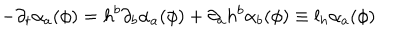
- \partial _ { t } \alpha _ { a } ( \phi ) = h ^ { b } \partial _ { b } \alpha _ { a } ( \phi ) + \partial _ { a } h ^ { b } \alpha _ { b } ( \phi ) \equiv l _ { h } \alpha _ { a } ( \phi )